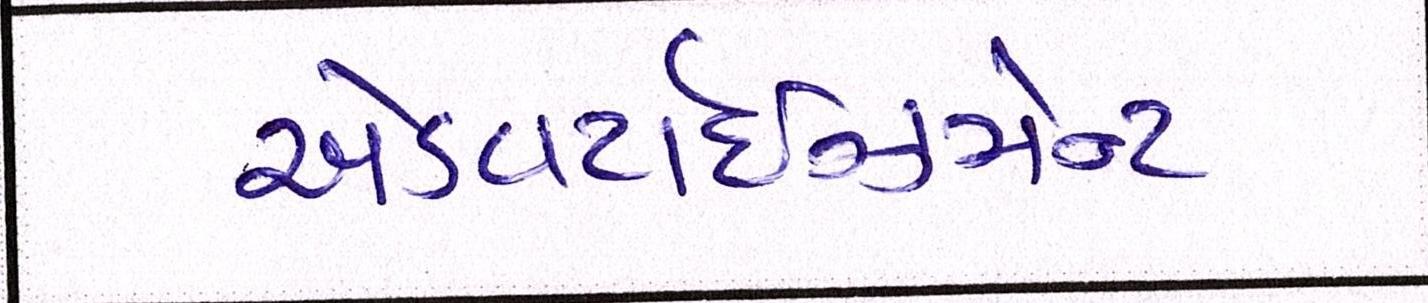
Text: એડવર્ટાઇઝમેન્ટ